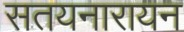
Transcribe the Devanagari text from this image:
सतयनारायन